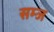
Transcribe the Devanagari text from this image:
सम्ज